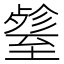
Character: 𦥋